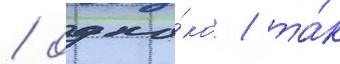
/ одна́ко / та́к